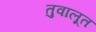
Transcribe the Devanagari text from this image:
तुवालूत